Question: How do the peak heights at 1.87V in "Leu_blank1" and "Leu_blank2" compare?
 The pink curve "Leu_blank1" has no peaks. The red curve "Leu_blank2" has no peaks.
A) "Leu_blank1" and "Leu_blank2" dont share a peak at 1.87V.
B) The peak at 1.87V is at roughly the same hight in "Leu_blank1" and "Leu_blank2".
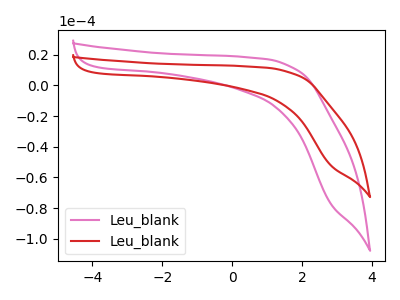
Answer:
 <answer>A) "Leu_blank1" and "Leu_blank2" dont share a peak at 1.87V.</answer>
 <eval>A</eval>